Report on vaccination in the Province of Bengal - 1874-1889
Year: 1874
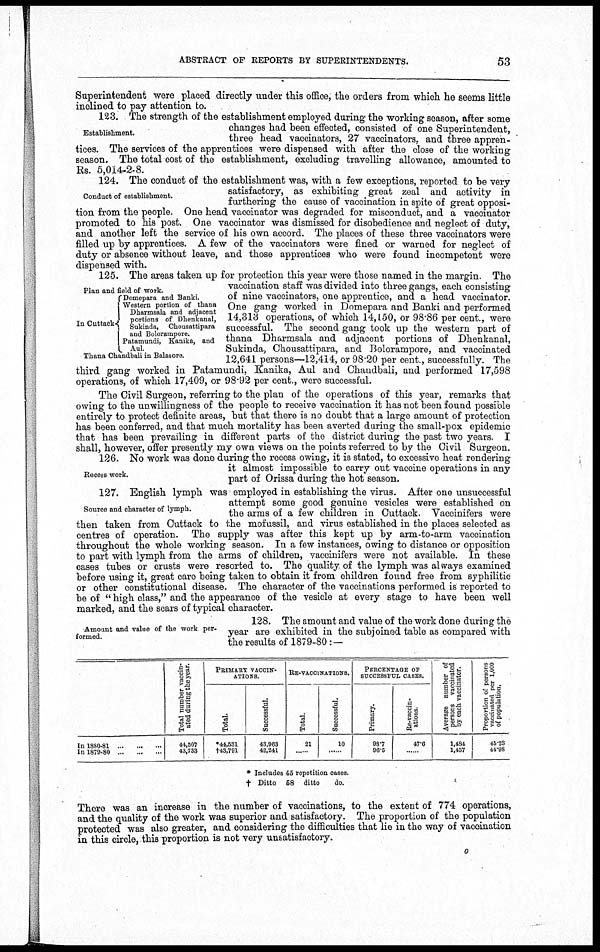
ABSTRACT OF REPORTS BY SUPERINTENDENTS.
53
Superintendent were placed directly under this office, the orders from which he seems little
inclined to pay attention to.
Establishment.
123. The strength of the establishment employed during the working season, after some
changes had been effected, consisted of one Superintendent,
three head vaccinators, 27 vaccinators, and three appren-
tices. The services of the apprentices were dispensed with after the close of the working
season. The total cost of the establishment, excluding travelling allowance, amounted to
Rs. 5,014-2-8.
Conduct of establishment.
124. The conduct of the establishment was, with a few exceptions, reported to be very
satisfactory, as exhibiting great zeal and activity in
furthering the cause of vaccination in spite of great opposi-
tion from the people. One head vaccinator was degraded for misconduct, and a vaccinator
promoted to his post. One vaccinator was dismissed for disobedience and neglect of duty,
and another left the service of his own accord. The places of these three vaccinators were
filled up by apprentices. A few of the vaccinators were fined or warned for neglect of
duty or absence without leave, and those apprentices who were found incompetent were
dispensed with.
125. The areas taken up for protection this year were those named in the margin. The
vaccination staff was divided into three gangs, each consisting
of nine vaccinators, one apprentice, and a head vaccinator.
One gang worked in Domepara and Banki and performed
14,313 operations, of which 14,150, or 98.86 per cent., were
successful. The second gang took up the western part of
thana Dharmsala and adjacent portions of Dhenkanal,
Sukinda, Chousattipara, and Bolorampore, and vaccinated
12,641 persons—12,414, or 98.20 per cent., successfully. The
third gang worked in Patamundi, Kanika, Aul and Chaudbali, and performed 17,598
operations, of which 17,409, or 98.92 per cent., were successful.
The Civil Surgeon, referring to the plan of the operations of this year, remarks that
owing to the unwillingness of the people to receive vaccination it has not been found possible
entirely to protect definite areas, but that there is no doubt that a large amount of protection
has been conferred, and that much mortality has been averted during the small-pox epidemic
that has been prevailing in different parts of the district during the past two years. I
shall, however, offer presently my own views on the points referred to by the Civil Surgeon.
Plan and field of work.
In Cuttack
Domepara and Banki.
Western portion of thana
Dharmsala and adjacent
portions of Dhenkanal,
Sukinda,
Chousattipara
and Bolorampore.
Patamundi, Kanika, and
Aul.
Thana Chandbah in Balasore.
Recess work.
126. No work was done during the recess owing, it is stated, to excessive heat rendering
it almost impossible to carry out vaccine operations in any
part of Orissa during the hot season.
Source and character of lymph.
127. English lymph was employed in establishing the virus. After one unsuccessful
attempt some good genuine vesicles were established on
the arms of a few children in Cuttack. Vaccinifers were
then taken from Cuttack to the mofussil, and virus established in the places selected as
centres of operation. The supply was after this kept up by arm-to-arm vaccination
throughout the whole working season. In a few instances, owing to distance or opposition
to part with lymph from the arms of children, vaccinifers were not available. In these
cases tubes or crusts were resorted to. The quality of the lymph was always examined
before using it, great care being taken to obtain it from children found free from syphilitic
or other constitutional disease. The character of the vaccinations performed is reported to
be of " high class," and the appearance of the vesicle at every stage to have been well
marked, and the scars of typical character.
Amount and value of the work per-
formed.
128. The amount and value of the work done during the
year are exhibited in the subjoined table as compared with
the results of 1879-80:—
In 1880-81
...
...
...
In 1879-80
...
...
...
Total number vaccin-
ated during the year.
44,507
43,733
PRIMARY VACCIN-
ATIONS.
Total.
*44,531
†43,791
Successful.
43,963
42,241
RE-VACCINATIONS.
Total.
21
......
Successful.
10
......
PERCENTAGE OF
SUCCESSFUL CASES.
Primary.
98.7
96.5
Re-vaccin-
ations.
47.6
......
Average number of
persons vaccinated
by each vaccinator.
1,484
1,457
Proportion of persons
vaccinated per 1,000
of population.
45.23
44.98
* Includes 45 repetition cases.
† Ditto 68 ditto
do.
There was an increase in the number of vaccinations, to the extent of 774 operations,
and the quality of the work was superior and satisfactory. The proportion of the population
protected was also greater, and considering the difficulties that lie in the way of vaccination
in this circle, this proportion is not very unsatisfactory.
o